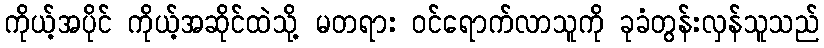
ကိုယ့်အပိုင် ကိုယ့်အဆိုင်ထဲသို့ မတရား ဝင်ရောက်လာသူကို ခုခံတွန်းလှန်သူသည်